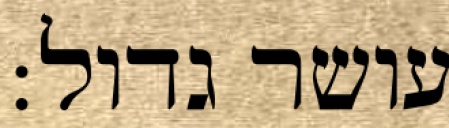
עושר גדול: